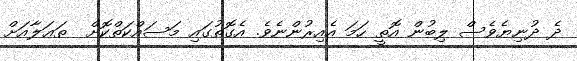
ދެ ދުނިޔެވެސް ލިބުން އޮތީ ހަމަ އެއިރުންނެވެ. އެގޮތުގައި މަސައްކަތްކޮށް  ތަޢަލާއަށް